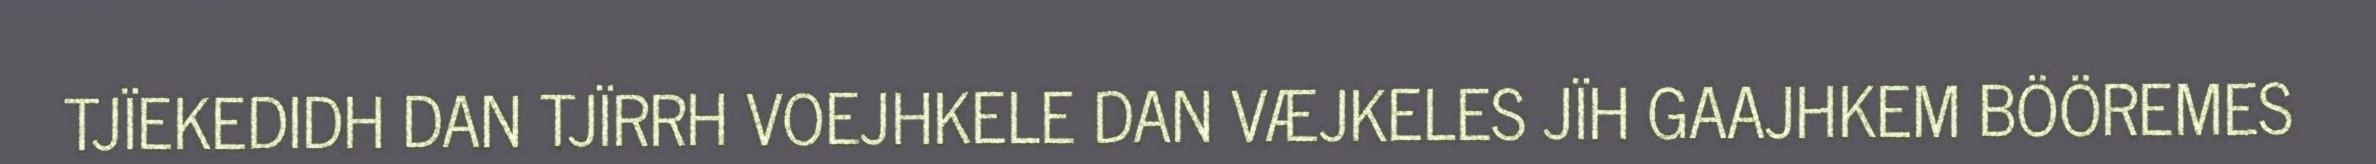
TJÏEKEDIDH DAN TJÏRRH VOEJHKELE DAN VÆJKELES JÏH GAAJHKEM BÖÖREMES